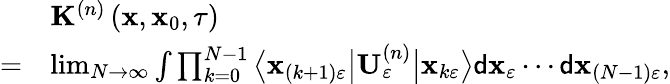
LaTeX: \begin{array}{rl}&{\mathbf{K}^{\left(n\right)}\left(\mathbf{x},\mathbf{x}_{0},\tau\right)}\\ {=}&{\operatorname*{lim}_{N\rightarrow\infty}\int\prod_{k=0}^{N-1}\big\langle\mathbf{x}_{\left(k+1\right)\varepsilon}\big\vert\mathbf{U}_{\varepsilon}^{\left(n\right)}\big\vert\mathbf{x}_{k\varepsilon}\big\rangle\mathsf{d}\mathbf{x}_{\varepsilon}\cdots\mathsf{d}\mathbf{x}_{\left(N-1\right)\varepsilon},}\end{array}